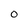
Character: O